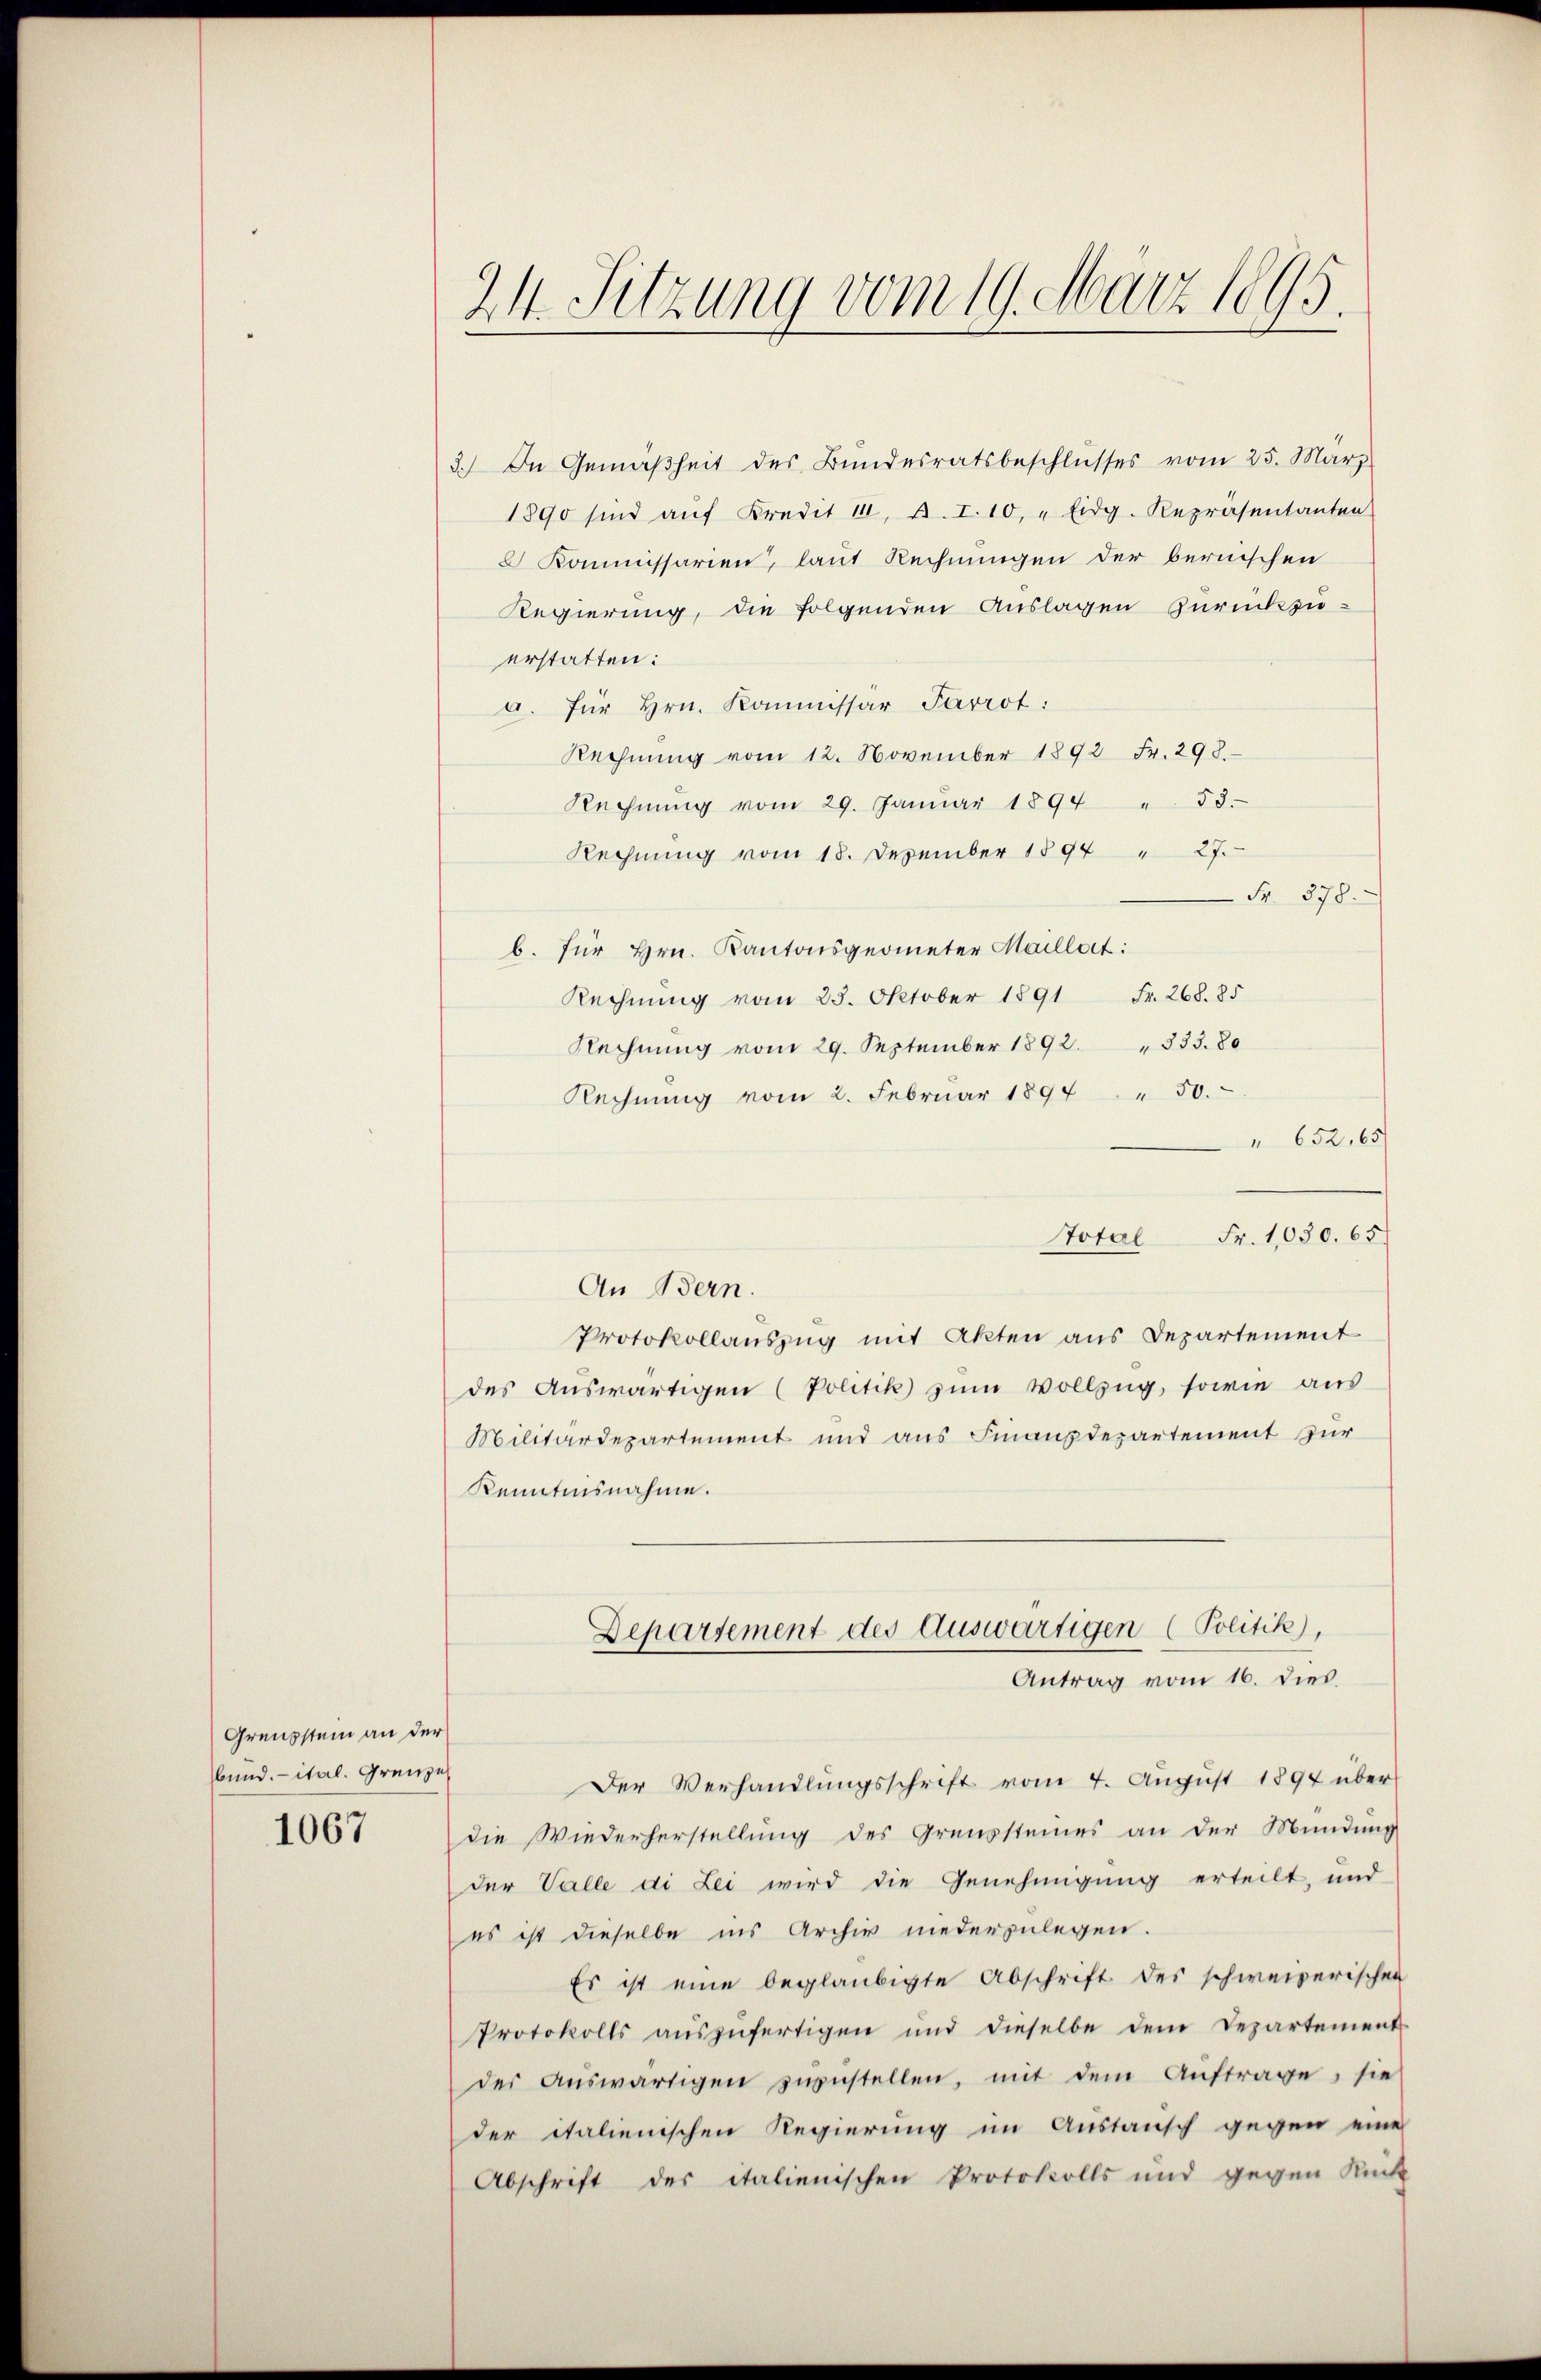
Grenzstein an der
Bund. - ital. Grenze
1067

3.) In Gemäßheit des Bundesratsbeschlŭsses vom 25. März
1890 sind aŭf Kredit 1, B. I. 10, " Eidg. Repräsentanten
Kommissarien, laut Rechnungen der bernischen
Regierung, die folgenden Auslagen Zurückzuerstatten:
a. für hrn. Kommissär Parrot:
Rechnŭng vom 12. November 1892 Fr. 298.
Rechnŭng vom 29. Janŭar 1894 " 58.
Rechnŭng vom 18. Dezember 1894 " 27.
Fr. 378.
b. für Hrn. Kantonsgeometer Maillat:
Rechnung vom 23. Oktober 1891 Fr. 268. 85
Rechnung vom 29. September 1892. 333. 80
Rechnŭng vom 2. Februar 1894. " 50.
" 652, 65
An Bern.
Protokollauszug mit Akten aus Departement
des Auswärtigen (Politik zum Vollzug, sowie aus
Militärdepartement und aus Finanzdepartement zur
Kenntnisnahme.
Departement des Auswärtigen (Politik),
Antrag vom 16. dies.
Der Verhandlungsschrift vom 4. August 1894 über
die Wiederherstellung des Graussteines an der Mündung
der Valle di Lei wird die Genehmigung erteilt, und
es ist dieselbe ins Archiv niederzulegen.
Es ist eine beglaubigte Abschrift des schweizerischen
Protokolls aŭszŭfertigen und dieselbe dem Departement
der Aŭswärtigen zŭzŭstellen, mit dem Aŭftrage, sie
der italienischen Regierung im Austausch gegen eine
Abschrift der italienischen Protokolls und gegen Rück

24. Sitzung vom 19. März 1895.

Total Fr. 1030. 65.